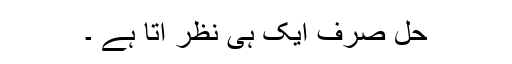
حل صرف ایک ہی نظر آتا ہے ۔